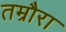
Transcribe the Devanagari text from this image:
तम्रौरा